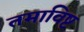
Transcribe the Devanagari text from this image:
तमाविष्ट